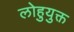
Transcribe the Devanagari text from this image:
लोहुयुक्त